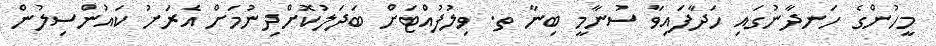
މީހުންގެ ހަނދާނުގައި ހަދާފައިވާ ސުނާމީ ބިނާ ތ. ވިލުފުއްޓަށް ބަދަލުކޮށްދިނުމަށް އެރަށު ކައުންސިލުން